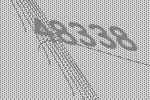
48338